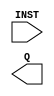
module IF_ID(INST, Q);

    input INST;
    output reg Q;

always @(INST) begin
     Q <= INSTs;
end



endmodule